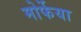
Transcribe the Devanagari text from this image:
मोर्फेया